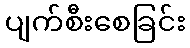
ပျက်စီးစေခြင်း